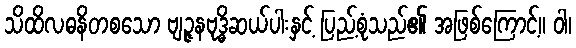
သိထိလဓနိတစသော ဗျဉ္ဇနဗုဒ္ဓိဆယ်ပါးနှင့် ပြည့်စုံသည်၏ အဖြစ်ကြောင့်။ ဝါ၊